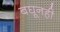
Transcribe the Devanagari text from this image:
बघूनही